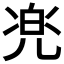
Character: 𱏧